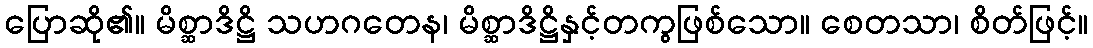
ပြောဆို၏။ မိစ္ဆာဒိဋ္ဌိ သဟဂတေန၊ မိစ္ဆာဒိဋ္ဌိနှင့်တကွဖြစ်သော။ စေတသာ၊ စိတ်ဖြင့်။